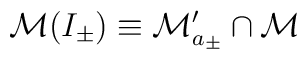
\mathcal{M}(I_{\pm })\equiv \mathcal{M}_{a_{\pm }}^{\prime }\cap \mathcal{M}